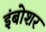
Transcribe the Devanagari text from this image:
इंबोशर